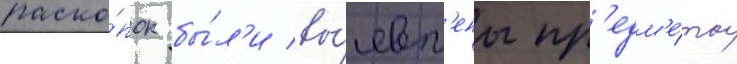
раско́пок бы́л'и вы́явл'ены пр'едм'е́ты